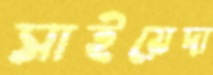
সাইয়েদা